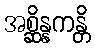
အစ္ဆိန္နကန္တိ